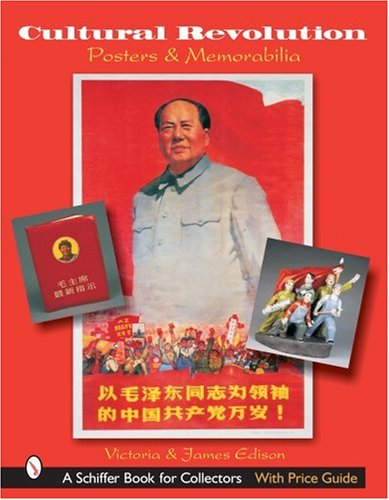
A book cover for Cultural Revolution Posters & Memorabilia (Schiffer Book for Collectors); Victoria Edison; Crafts, Hobbies & Home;